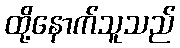
ထို့နောက်သူသည်